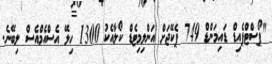
"ޕޯސްޓްޕެއިޑް ޑައިމަންޑް 749 ޕެކޭޖަށް އަންލިމިޓެޑް ކޯލާއެކު 1300 ހިލޭ އެސްއެމްއެސް ލިބޭނެ.